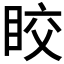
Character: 𥅟